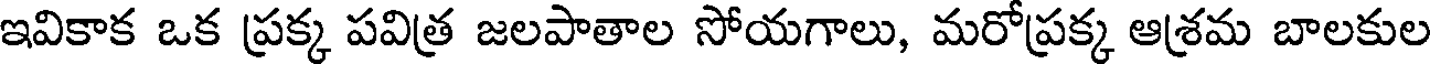
ఇవికాక ఒక ప్రక్క పవిత్ర జలపాతాల సోయగాలు, మరోప్రక్క ఆశ్రమ బాలకుల